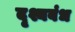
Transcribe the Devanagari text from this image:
दृश्यबंध